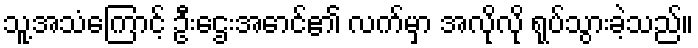
သူ့အသံကြောင့် ဦးဌေးအောင်၏ လက်မှာ အလိုလို ရုပ်သွားခဲ့သည်။